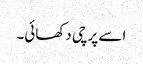
اسے پرچی دکھائی۔